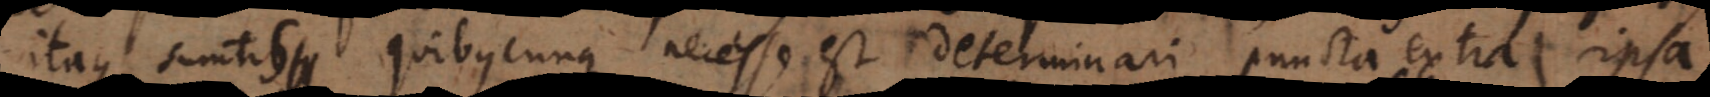
itaque sumtis quibuscunque necesse est determinari puncta extra ipsa